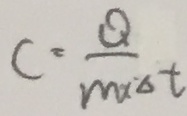
C = \frac { Q } { m _ { x } \Delta t }